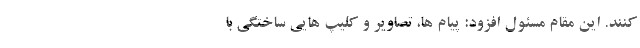
کنند. این مقام مسئول افزود: پیام ها، تصاویر و کلیپ هایی ساختگی با